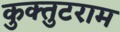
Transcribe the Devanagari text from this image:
कुक्तुटराम